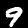
Digit: 9